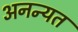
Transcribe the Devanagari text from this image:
अनन्यत